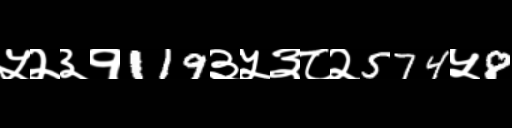
Text: ५२३१119३५३८२574५8